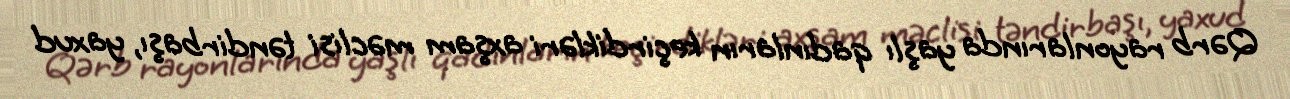
Qərb rayonlarında yaşlı qadınların keçirdikləri axşam məclisi təndirbaşı, yaxud